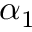
\alpha _ { 1 }